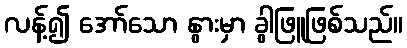
လန့်၍ အော်သော နွားမှာ ခွါဖြူဖြစ်သည်။